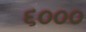
૬૦૦૦